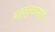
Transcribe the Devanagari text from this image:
अनुकूलनासाठी